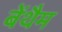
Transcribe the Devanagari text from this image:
बेंथैम